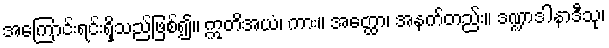
အကြောင်းရင်းရှိသည်ဖြစ်၍။ ဣတိအယံ၊ ကား။ အတ္ထော၊ အနက်တည်း။ ဒဏ္ဍာဒါနာဒီသု၊